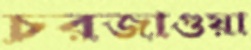
চরজাগুয়া